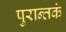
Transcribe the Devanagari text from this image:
पुरान्तकं